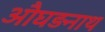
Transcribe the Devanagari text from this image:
औघड़नाथ